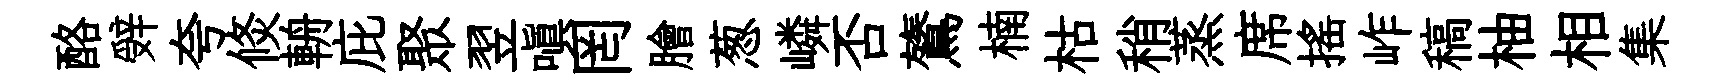
酪辤夸倐輈庇聚翌嗔罔膾葱嶙否鷟楠枯稍蒸席摇岞稿柚相集